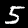
Label: 5